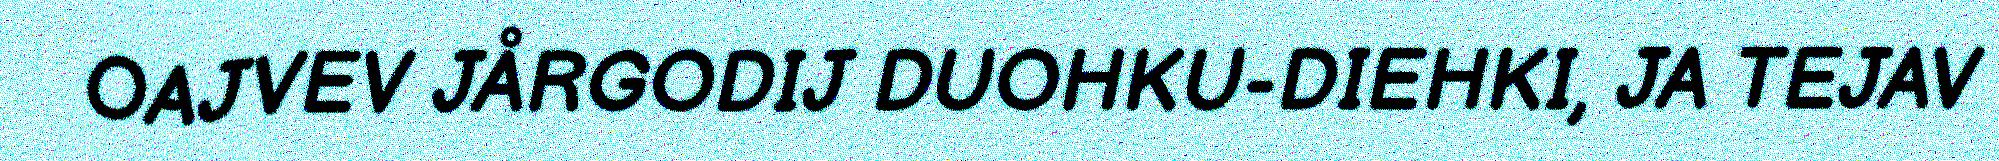
OAJVEV JÅRGODIJ DUOHKU-DIEHKI, JA TEJAV